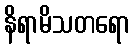
နိရာမိသတရော